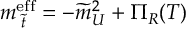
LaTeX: m _ { \; \widetilde { t } } ^ { \mathrm { e f f } } = - \widetilde { m } _ { U } ^ { 2 } + \Pi _ { R } ( T )